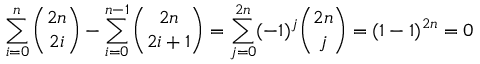
\sum _ { i = 0 } ^ { n } { \binom { 2 n } { 2 i } } - \sum _ { i = 0 } ^ { n - 1 } { \binom { 2 n } { 2 i + 1 } } = \sum _ { j = 0 } ^ { 2 n } ( - 1 ) ^ { j } { \binom { 2 n } { j } } = ( 1 - 1 ) ^ { 2 n } = 0